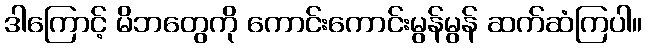
ဒါကြောင့် မိဘတွေကို ကောင်းကောင်းမွန်မွန် ဆက်ဆံကြပါ။